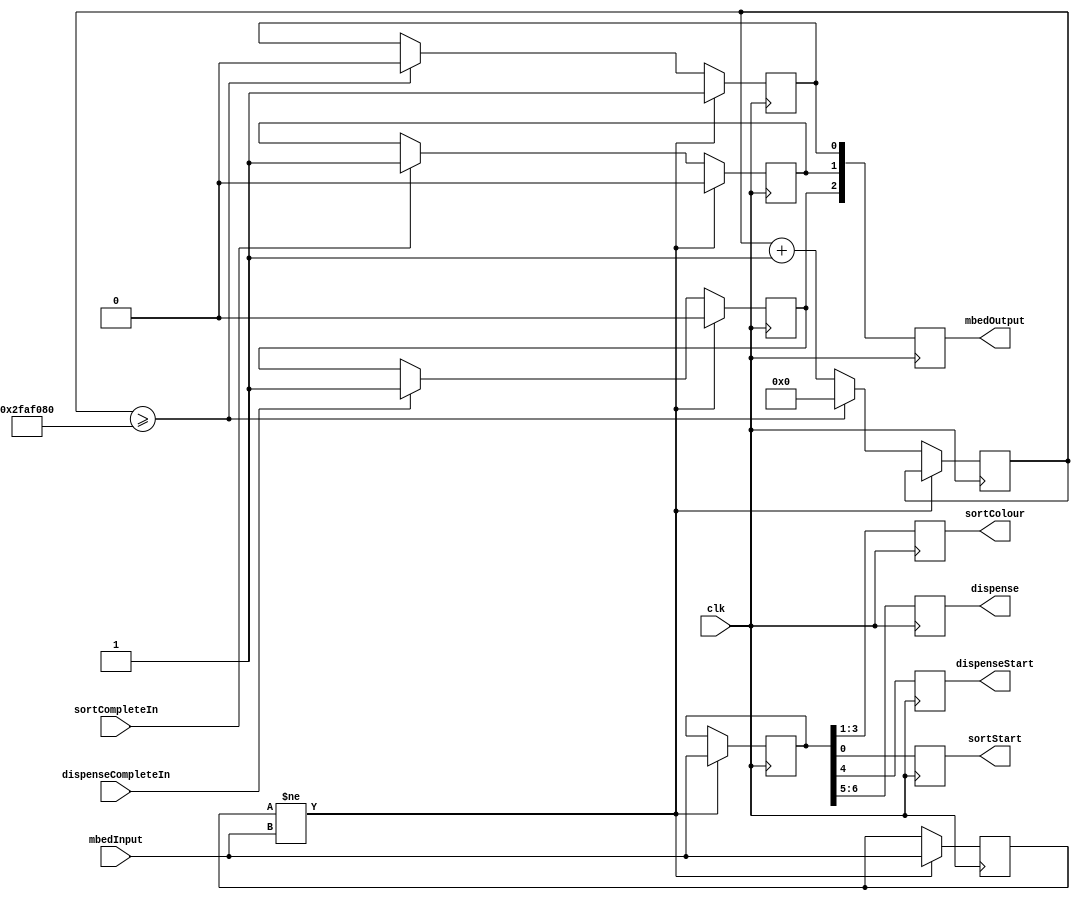
module controller(clk, mbedInput, mbedOutput, sortStart, sortColour, dispenseStart, dispense, sortCompleteIn, dispenseCompleteIn);

//input
input clk;					//input clock
input [6:0] mbedInput;		//overall input
input sortCompleteIn, dispenseCompleteIn;

//output
output [2:0] mbedOutput;	//return signal to mbed
output [2:0] sortColour;	//which colour is to be sorted
output [0:0] sortStart, dispenseStart;	//tell the system to start sorting and/or dispensing
output [1:0] dispense;		//which colour is to be dispensed

//reg
reg [6:0] mbedInput_reg;	//reg the input so it can be split
reg [6:0] mbedInputCheck;
reg [0:0] sortStart;
reg [2:0] sortColour;
reg [0:0] dispenseStart;
reg [1:0] dispense;			
reg [2:0] mbedOutput;
reg sortCompleteOut, dispenseCompleteOut;
reg recieved;
reg [26:0] count;

always@(posedge clk)
	begin
	//mbedInputLED <= mbedInput;
	if(sortCompleteIn == 1'b1)	//check if sort comand is complete
		begin
		sortCompleteOut <= 1'b1;	//set sort complete to 1
		end
	if(dispenseCompleteIn == 1'b1) //check is dispence command is complete
		begin
		dispenseCompleteOut <= 1'b1; // set dispence complete to 1
		end
	if(mbedInputCheck != mbedInput)
		begin
		mbedInputCheck <= mbedInput;	//set check to new value
		mbedInput_reg <= mbedInput;	//load new input to the input reg
		recieved <= 1'b1;	//set recieved signal to 1
		sortCompleteOut <= 1'b0;	//set complete to 0
		dispenseCompleteOut <= 1'b0;	//setcomplete to 0
		end
	else
		begin
		if(count >= 50000000)	//wait for a second before reseting recieved
			begin
			count <= 27'b0;
			recieved <= 1'b0;
			end
		else
			begin
			count <= count + 1'b1;
			end
		end
	sortStart <= mbedInput_reg[0:0];		//set the second bit of input to starting sort
	sortColour <= mbedInput_reg[3:1];	//set the third to fifth bits to which colour is to be sorted
	dispenseStart <= mbedInput_reg[4:4];	//set to sixth bit to starting dispense
	dispense <= mbedInput_reg[6:5];		//set the seventh to eighth bits to which colour to dispense
	mbedOutput[0:0] <= recieved;		//set the first bit of the output to recieved
	mbedOutput[1:1] <= sortCompleteOut;	//set the second bit of the output to sort complete
	mbedOutput[2:2] <= dispenseCompleteOut;	// set the third bit of the output to dispense complete
	end
endmodule